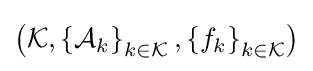
\left({\mathcal {K}},\left\lbrace {\mathcal {A}}_{k}\right\rbrace _{k\in {\mathcal {K}}},\left\lbrace f_{k}\right\rbrace _{k\in {\mathcal {K}}}\right)